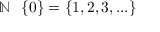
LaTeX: \mathbb { N } \setminus \left\{ 0 \right\} = \{ 1 , 2 , 3 , . . . \}